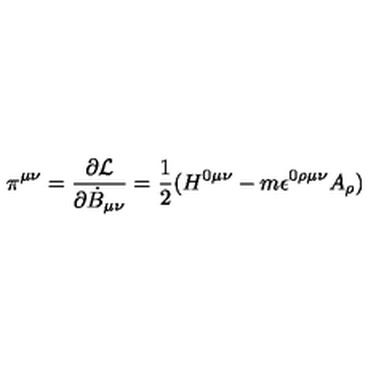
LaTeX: \pi ^ { \mu \nu } = \frac { \partial { \cal L } } { \partial { \dot { B } } _ { \mu \nu } } = \frac { 1 } { 2 } ( H ^ { 0 \mu \nu } - m \epsilon ^ { 0 \rho \mu \nu } A _ { \rho } )